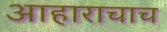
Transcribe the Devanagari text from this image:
आहाराचाच